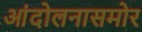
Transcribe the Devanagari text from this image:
आंदोलनासमोर